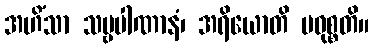
အဟိံသာ သဗ္ဗပါဏာနံ၊ အရိယောတိ ပဝုစ္စတိ။